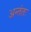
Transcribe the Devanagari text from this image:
अन्तंतः